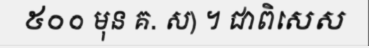
៥០០ មុន គ. ស) ។ ជាពិសេស